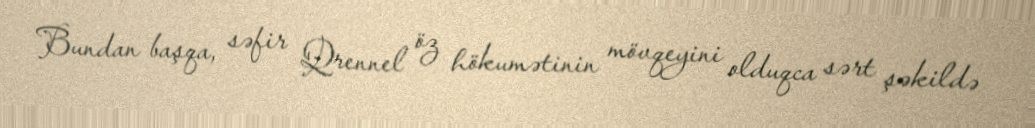
Bundan başqa, səfir Qrennel öz hökumətinin mövqeyini olduqca sərt şəkildə